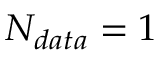
N _ { d a t a } = 1